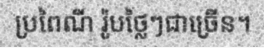
ប្រពៃណី រ៉ូបថ្លៃៗជាច្រើន។